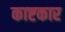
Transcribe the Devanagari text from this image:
काष्टकार